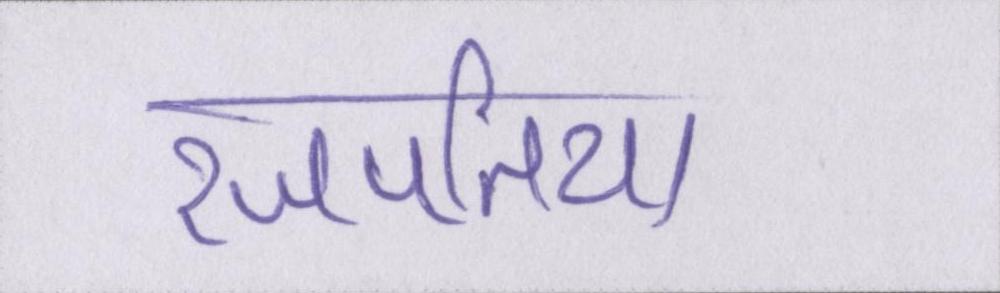
रजपतिया